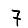
Digit: 7